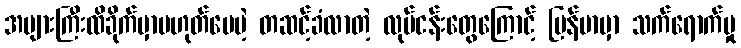
အများကြီးထိခိုက်မှာမဟုတ်ပေမဲ့ တဆင့်ခံလာတဲ့ လုပ်ငန်းတွေကြောင့် မြန်မာမှာ သက်ရောက်မှု